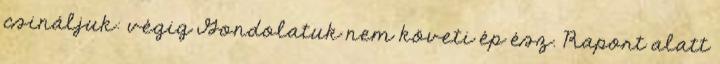
csináljuk: végig Gondolatuk nem követi ép ész. Raport alatt